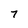
Character: 7